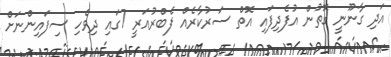
އަދި ގާނޫނީ ގޮތުން އުފެދިފައި އޮތް ސަރުކާރެއް ފެބްރުއަރީ 7ގައި ދިވެހި ސިފައިންނަށް